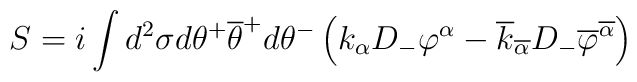
S=i\int d^2 \sigma d\theta^{+}\overline{\theta}^{+}d\theta^{-} \left(k_\alpha D_- \varphi^\alpha -\overline{k}_{\overline{\alpha}} D_-\overline{\varphi}^{\overline{\alpha}}\right)